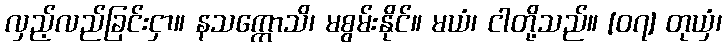
လှည့်လည်ခြင်းငှာ။ နသက္ကောသိ၊ မစွမ်းနိုင်။ မယံ၊ ငါတို့သည်။ [၀၇] တုယှံ၊